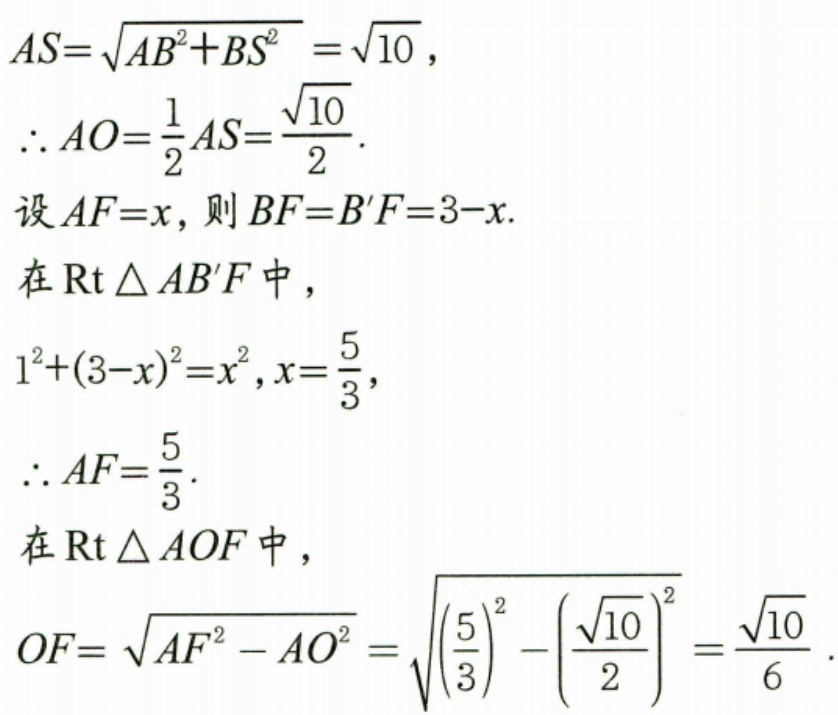
\(AS = \sqrt{AB^{2}+BS^{2}}=\sqrt{10}\)，
\(\therefore AO=\frac{1}{2}AS = \frac{\sqrt{10}}{2}\).
设\(AF = x\)，则\(BF = B'F = 3 - x\).
在\(\text{Rt}\triangle AB'F\)中，
\(1^{2}+(3 - x)^{2}=x^{2}\)，\(x = \frac{5}{3}\)，
\(\therefore AF=\frac{5}{3}\).
在\(\text{Rt}\triangle AOF\)中，
\(OF=\sqrt{AF^{2}-AO^{2}}=\sqrt{\left(\frac{5}{3}\right)^{2}-\left(\frac{\sqrt{10}}{2}\right)^{2}}=\frac{\sqrt{10}}{6}\).